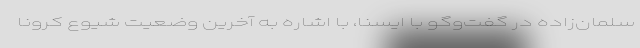
سلمان‌زاده در گفت‌وگو با ایسنا، با اشاره به آخرین وضعیت شیوع کرونا